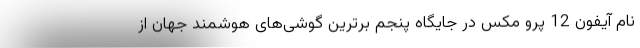
نام آیفون 12 پرو مکس در جایگاه پنجم برترین گوشی‌های هوشمند جهان از